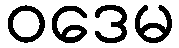
ဝဒေမ